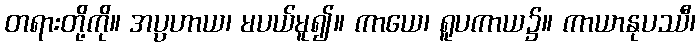
တရားတို့ကို။ အပ္ပဟာယ၊ မပယ်မူ၍။ ကာယေ၊ ရူပကာယ၌။ ကာယာနုပဿီ၊